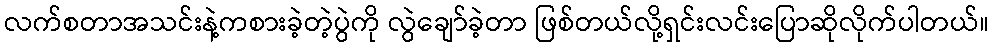
လက်စတာအသင်းနဲ့ကစားခဲ့တဲ့ပွဲကို လွဲချော်ခဲ့တာ ဖြစ်တယ်လို့ရှင်းလင်းပြောဆိုလိုက်ပါတယ်။